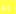
إنه